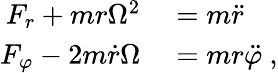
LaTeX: \begin{array}{rl}{F_{r}+mr\Omega^{2}}&{{}=m{\ddot{r}}}\\ {F_{\varphi}-2m{\dot{r}}\Omega}&{{}=mr{\ddot{\varphi}}\ ,}\end{array}